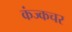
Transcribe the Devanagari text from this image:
कंज्कचर